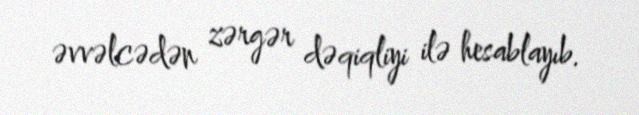
əvvəlcədən zərgər dəqiqliyi ilə hesablayıb.